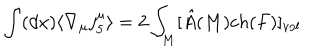
\int ( d x ) \langle \nabla _ { \mu } j _ { 5 } ^ { \mu } \rangle = 2 \int _ { M } [ \hat { A } ( M ) c h ( F ) ] _ { v o l }